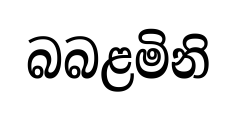
බබළමිනි